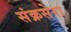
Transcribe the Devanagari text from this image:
संक्रसेरा